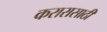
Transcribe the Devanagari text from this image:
करारासाठी